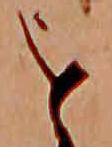
を